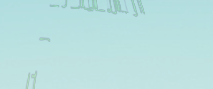
محل بيع الألعاب التعليمية